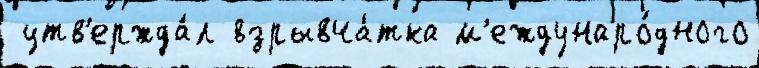
 утв'ержда́л взрывча́тка м'еждунаро́дного